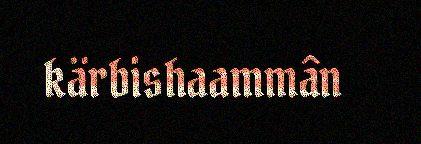
kärbishaammân